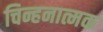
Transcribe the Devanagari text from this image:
चिन्हनात्मक